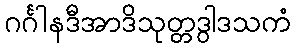
ဂင်္ဂါနဒီအာဒိသုတ္တဒွါဒသကံ